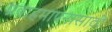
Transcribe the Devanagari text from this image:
प्रवाहमापनासाठी